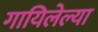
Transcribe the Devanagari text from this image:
गायिलेल्या